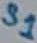
Text: S1